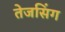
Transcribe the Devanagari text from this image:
तेजसिंग